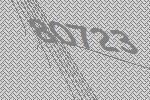
80723